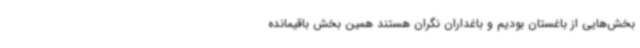
بخش‌هایی از باغستان بودیم و باغداران نگران هستند همین بخش باقیمانده